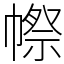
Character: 㡜